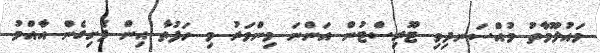
މައުލޫމާތު މުއްސަނދިވި ޓޫރިސްޓުން އަންނަ މިންވަރު މި ހަފުތާ އިން ފެށިގެން އާއްމު